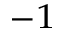
^ { - 1 }